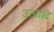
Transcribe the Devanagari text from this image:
उत्पादि